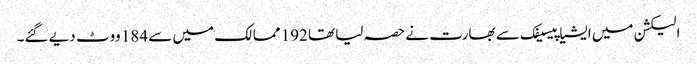
الیکشن میں ایشیا پیسیفک سے بھارت نے حصہ لیا تھا 192 ممالک میں سے 184 ووٹ دیے گئے۔